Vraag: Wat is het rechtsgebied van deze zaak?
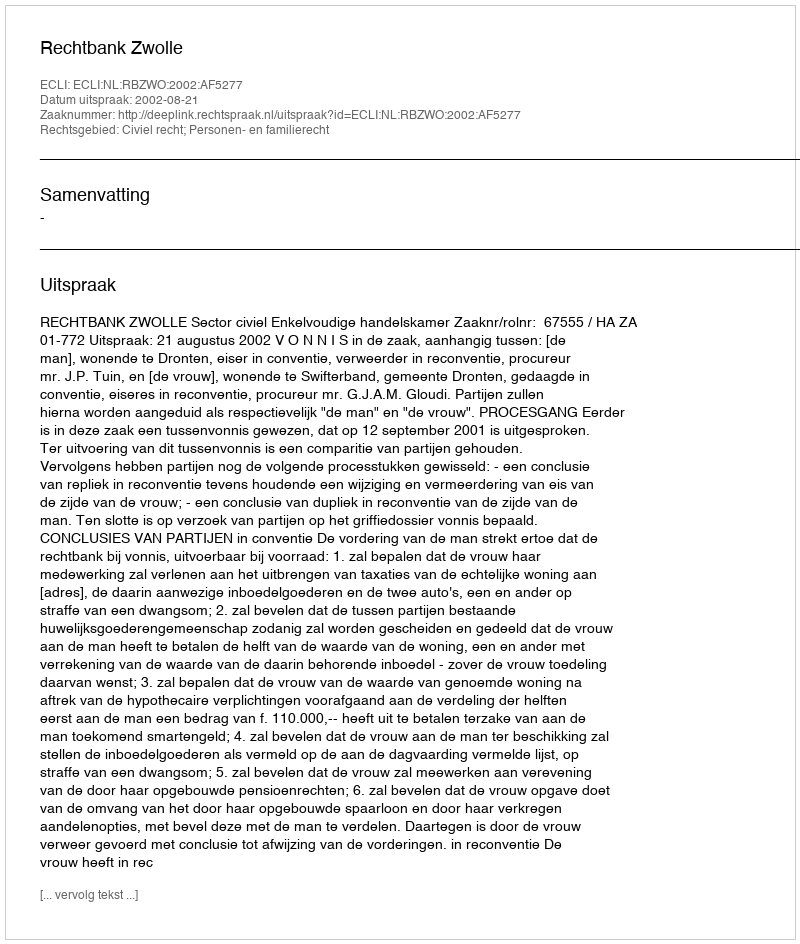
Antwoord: Civiel recht; Personen- en familierecht